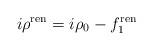
LaTeX: \begin{align*}i\rho^{{\mbox{\scriptsize ren}}} = i\rho_0 - f_1^{{\mbox{\scriptsize ren}}}\end{align*}